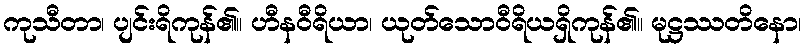
ကုသီတာ၊ ပျင်းရိကုန်၏။ ဟီနဝီရိယာ၊ ယုတ်သောဝီရိယရှိကုန်၏။ မုဋ္ဌဿတိနော၊